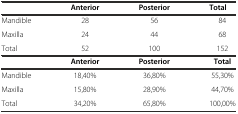
<table><thead><tr><td></td><td><b>Anterior</b></td><td><b>Posterior</b></td><td><b>Total</b></td></tr></thead><tbody><tr><td>Mandible</td><td>28</td><td>56</td><td>84</td></tr><tr><td>Maxilla</td><td>24</td><td>44</td><td>68</td></tr><tr><td>Total</td><td>52</td><td>100</td><td>152</td></tr><tr><td></td><td><b>Anterior</b></td><td><b>Posterior</b></td><td><b>Total</b></td></tr><tr><td>Mandible</td><td>18,40%</td><td>36,80%</td><td>55,30%</td></tr><tr><td>Maxilla</td><td>15,80%</td><td>28,90%</td><td>44,70%</td></tr><tr><td>Total</td><td>34,20%</td><td>65,80%</td><td>100,00%</td></tr></tbody></table>